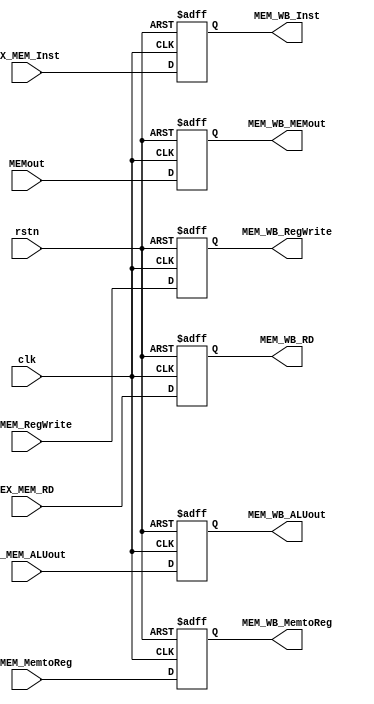
`timescale 1ns / 1ps
//////////////////////////////////////////////////////////////////////////////////
// Company: 
// Engineer: 
// 
// Design Name: 
// Module Name: MEM_WB
// Project Name: 
// Target Devices: 
// Tool Versions: 
// Description: 
// 
// Dependencies: 
// 
// Revision:
// Revision 0.01 - File Created
// Additional Comments:
// 
//////////////////////////////////////////////////////////////////////////////////


module MEM_WB(
    input EX_MEM_MemtoReg,
    input EX_MEM_RegWrite,
    input [31:0] EX_MEM_ALUout,
    input [31:0] MEMout,
    input [4:0] EX_MEM_RD,
    input [31:0] EX_MEM_Inst,
    input clk,
    input rstn,
    output reg MEM_WB_MemtoReg,
    output reg MEM_WB_RegWrite,
    output reg [31:0] MEM_WB_ALUout,
    output reg [31:0] MEM_WB_MEMout,
    output reg [4:0] MEM_WB_RD,
    output reg [31:0] MEM_WB_Inst
    );

    always @(posedge clk or negedge rstn) begin
        if(!rstn) begin
            MEM_WB_MemtoReg <= 1'b0;
            MEM_WB_RegWrite <= 1'b0;
            MEM_WB_ALUout <= 32'b0;
            MEM_WB_MEMout <= 32'b0;
            MEM_WB_RD <= 5'b0;
            MEM_WB_Inst <= 32'b0;
        end 
        else begin
            MEM_WB_MemtoReg <= EX_MEM_MemtoReg;
            MEM_WB_RegWrite <= EX_MEM_RegWrite;
            MEM_WB_ALUout <= EX_MEM_ALUout;
            MEM_WB_MEMout <= MEMout;
            MEM_WB_RD <= EX_MEM_RD;
            MEM_WB_Inst <= EX_MEM_Inst;
        end
    end
endmodule